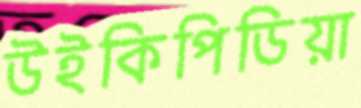
উইকিপিডিয়া